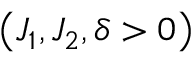
\left( J _ { 1 } , J _ { 2 } , \delta > 0 \right)